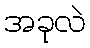
အခုလဲ